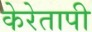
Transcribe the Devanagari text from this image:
केरेतापी